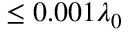
\le 0 . 0 0 1 \lambda _ { 0 }